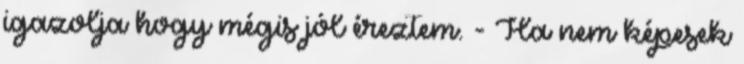
igazolja hogy mégis jól éreztem. - Ha nem képesek